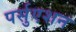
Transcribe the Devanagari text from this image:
पर्सुएशन